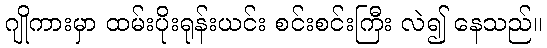
ဂျိုကားမှာ ထမ်းပိုးရုန်းယင်း စင်းစင်းကြီး လဲ၍ နေသည်။